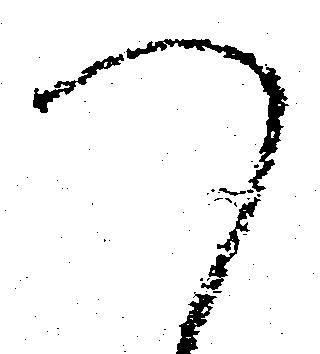
つ